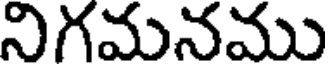
నిగమనము